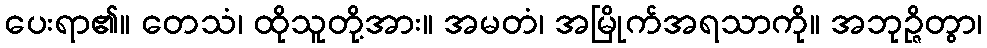
ပေးရာ၏။ တေသံ၊ ထိုသူတို့အား။ အမတံ၊ အမြိုက်အရသာကို။ အဘုဉ္ဇိတွာ၊